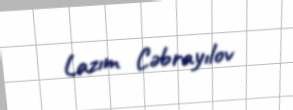
Lazım Cəbrayılov